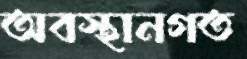
অবস্থানগত